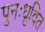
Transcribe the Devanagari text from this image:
पुनःध्रुवित